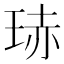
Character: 𭹍